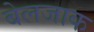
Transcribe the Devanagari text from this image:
बेलजाक